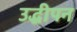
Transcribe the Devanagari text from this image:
उद्धीपन